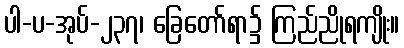
ပါ-ပ-အုပ်-၂၃၇၊ ခြေတော်ရာ၌ ကြည်ညိုရကျိုး။